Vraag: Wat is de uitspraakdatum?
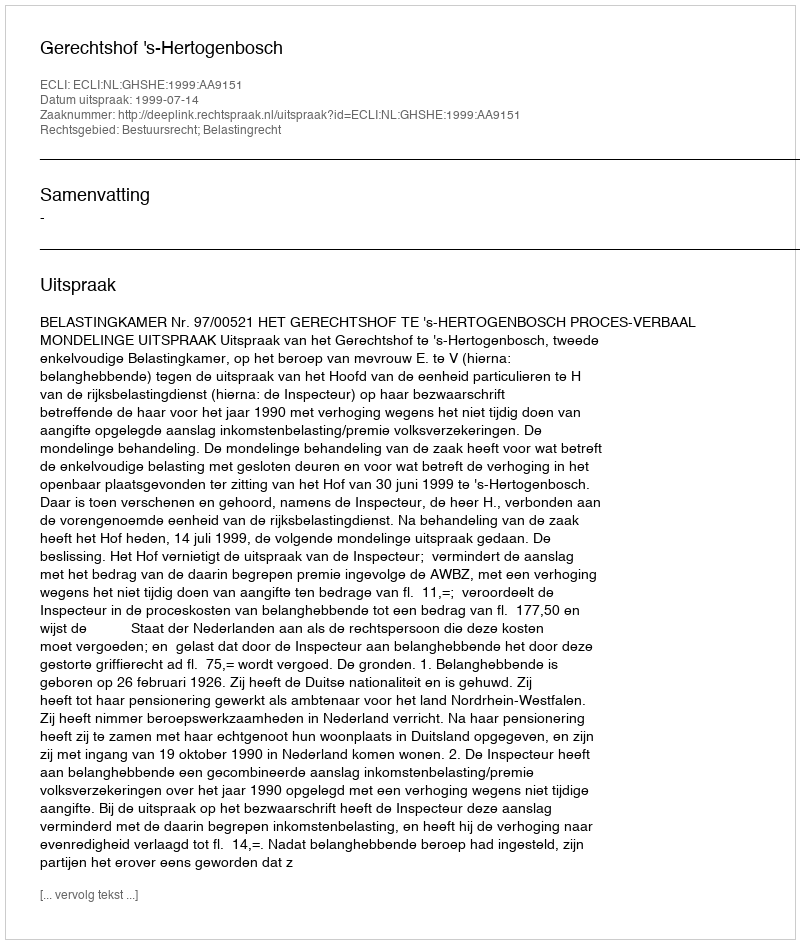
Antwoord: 1999-07-14